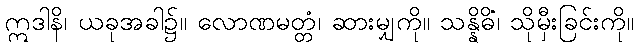
ဣဒါနိ၊ ယခုအခါ၌။ လောဏမတ္တံ၊ ဆားမျှကို။ သန္နိဓိံ၊ သိုမှီးခြင်းကို။